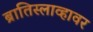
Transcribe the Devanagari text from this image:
ब्रातिस्लाव्हावर